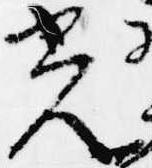
光